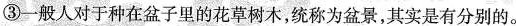
③一般人对于种在盆子里的花草树木，统称为盆景，其实是有分别的。